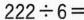
$$2 2 2 \div 6 =$$